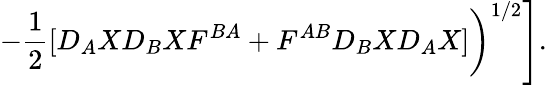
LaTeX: \left.\left.-\frac{1}{2}[D_{A}XD_{B}XF^{BA}+F^{AB}D_{B}XD_{A}X]\right)^{1/2}\right].